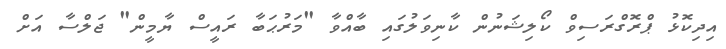
އިދިކޮޅު ޕްރޮގްރަސިވް ކޯލިޝަނުން ކާނިވަލުގައި ބާއްވާ "މަރުޙަބާ ރައީސް ޔާމީން" ޖަލްސާ އަށް